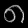
Digit: ၈